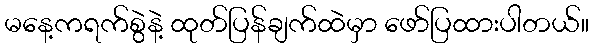
မနေ့ကရက်စွဲနဲ့ ထုတ်ပြန်ချက်ထဲမှာ ဖော်ပြထားပါတယ်။